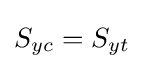
S_{yc}=S_{yt}